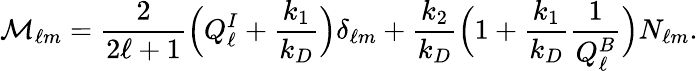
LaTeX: \mathcal{M}_{\ell m}=\frac{2}{2\ell+1}\Big(Q_{\ell}^{I}+\frac{k_{1}}{k_{D}}\Big)\delta_{\ell m}+\frac{k_{2}}{k_{D}}\Big(1+\frac{k_{1}}{k_{D}}\frac{1}{Q_{\ell}^{B}}\Big)N_{\ell m}.